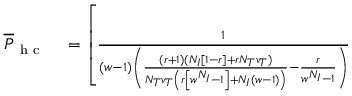
\begin{array} { r l } { \overline { { P } } _ { \mathrm { ~ h ~ c ~ } } } & { { } = \left[ \frac { 1 } { ( w - 1 ) \left( \frac { ( r + 1 ) ( N _ { I } [ 1 - r ] + r N _ { T } v _ { T } ) } { N _ { T } v _ { T } \left( r \left[ w ^ { N _ { I } } - 1 \right] + N _ { I } ( w - 1 ) \right) } - \frac { r } { w ^ { N _ { I } } - 1 } \right) } \right. } \end{array}